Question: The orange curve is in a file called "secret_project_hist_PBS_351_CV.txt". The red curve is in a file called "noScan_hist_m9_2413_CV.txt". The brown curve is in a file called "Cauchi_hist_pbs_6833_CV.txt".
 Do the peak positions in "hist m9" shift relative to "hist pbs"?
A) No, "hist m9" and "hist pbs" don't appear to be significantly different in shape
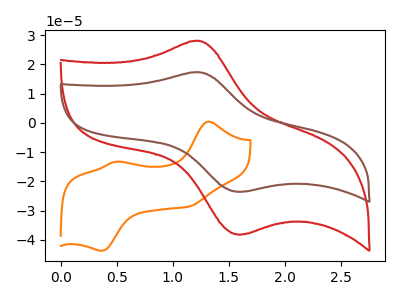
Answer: <think>The orange curve "hist PBS" has anodic peaks at (1.30V, 0.40uA) (0.50V, -13.30uA) and cathodic peaks at (1.15V, -28.65uA) (0.35V, -43.75uA). The red curve "hist m9" has an anodic peak at (1.25V, 28.00uA) and a cathodic peak at (1.60V, -38.15uA). The brown curve "hist pbs" has an anodic peak at (1.25V, 17.30uA) and a cathodic peak at (1.60V, -23.55uA).
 All the peaks in "hist m9" have a peak in "hist pbs" at the same potential. Every peak in "hist m9" is higher than every peak in "hist pbs".</think>
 <answer>A) No, "hist m9" and "hist pbs" don't appear to be significantly different in shape</answer>
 <eval>A</eval>